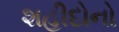
શહીદોનો